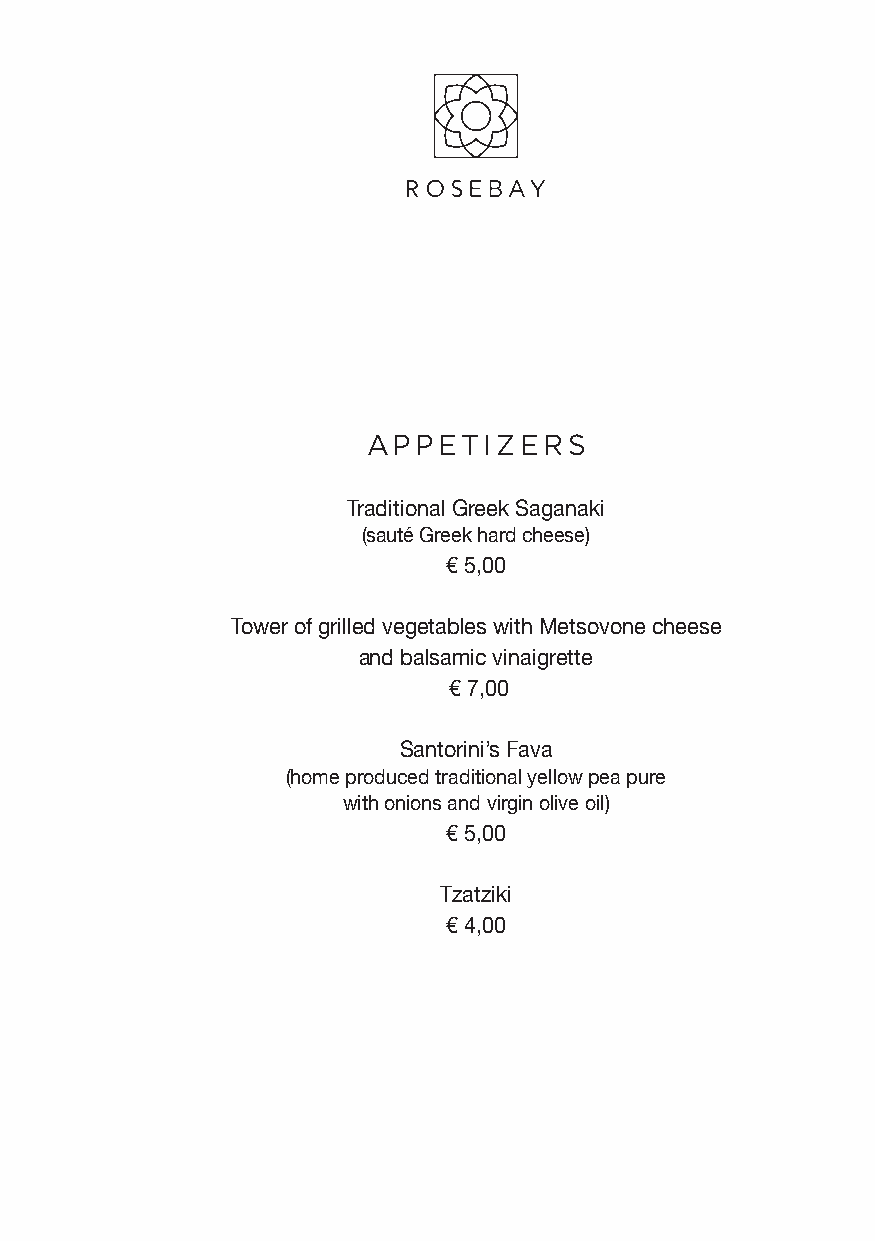
APPETIZERS
 Traditional Greek Saganaki
 (sauté Greek hard cheese)
 € 5,00
 Tower of grilled vegetables with Metsovone cheese
 and balsamic vinaigrette
 € 7,00
 Santorini’s Fava
 (home produced traditional yellow pea pure
 with onions and virgin olive oil)
 € 5,00
 Tzatziki
 € 4,00